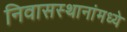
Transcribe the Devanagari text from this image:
निवासस्थानांमध्ये